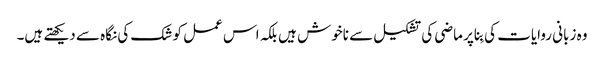
وہ زبانی روایات کی بِنا پر ماضی کی تشکیل سے ناخوش ہیں بلکہ اس عمل کو شک کی نگاہ سے دیکھتے ہیں۔